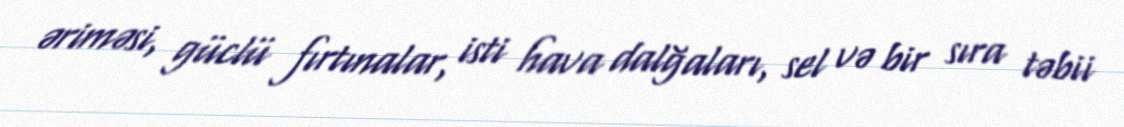
əriməsi, güclü fırtınalar, isti hava dalğaları, sel və bir sıra təbii